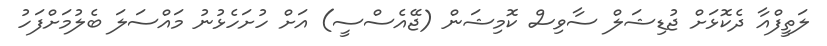
ލަތީފްއާ ދެކޮޅަށް ޖުޑިޝަލް ސާވިސް ކޮމިޝަން (ޖޭއެސްސީ) އަށް ހުށަހެޅުނު މައްސަލަ ބެލުމަށްފަހު